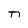
Character: n